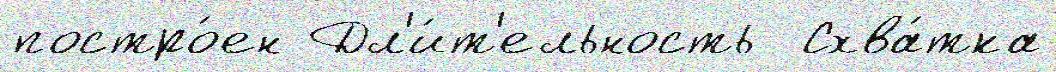
постро́ен Дл'и́т'ельность  Схва́тка